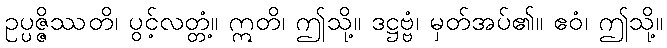
ဥပ္ပဇ္ဇိဿတိ၊ ပွင့်လတ္တံ့။ ဣတိ၊ ဤသို့။ ဒဋ္ဌဗ္ဗံ၊ မှတ်အပ်၏။ ဧဝံ၊ ဤသို့။